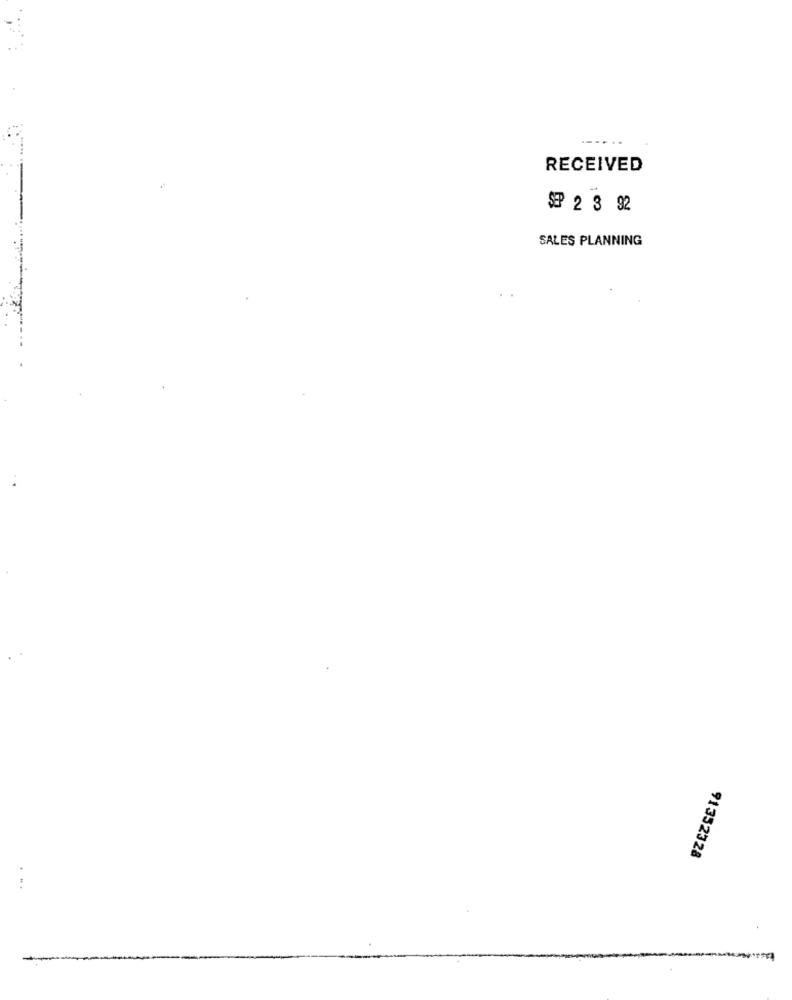
RECEIVED
$ 2 3 92
SALES PLANNING
91352328
. ..